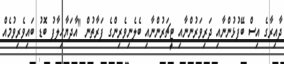
ދާއިރާގެ އިސް ބޭފުޅުންނާއި ދަރިވަރުންނާއި ޓީޗަރުންނާއި ބެލެނިވެރިންގެ ފަރާތުން "އާދަޔާހިލާފު ބޮޑު ބައިވެރިވުމެއް